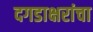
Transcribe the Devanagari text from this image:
दगडाक्षरांचा